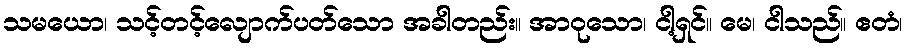
သမယော၊ သင့်တင့်လျောက်ပတ်သော အခါတည်း။ အာဝုသော၊ ငါ့ရှင်။ မေ၊ ငါသည်။ ဧတံ၊